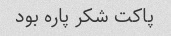
پاکت شکر پاره بود